Annual statistical returns and brief notes on vaccination in Bengal - 1909-1929
Year: 1909
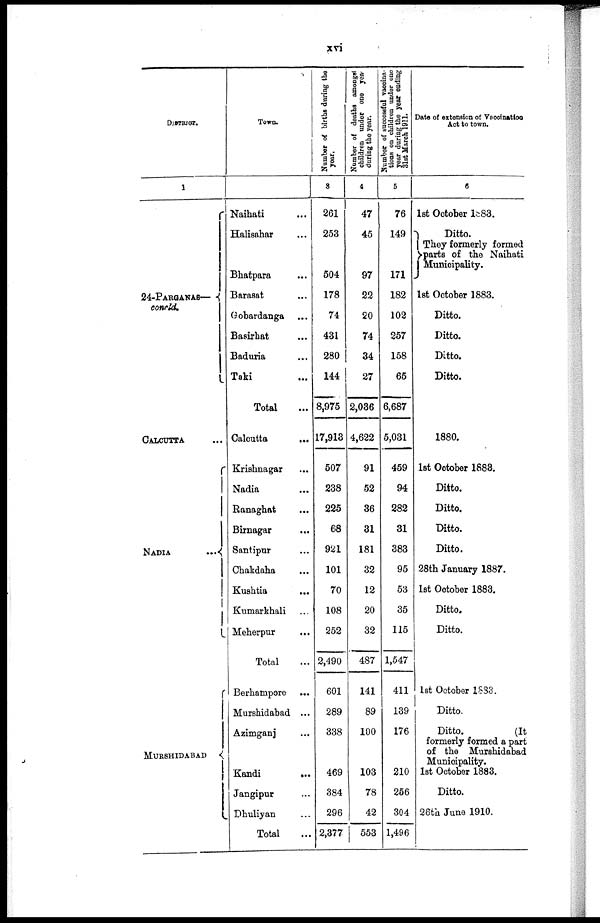
xvi
DISTRICT.
1
24-PARGANAS—
concld.
CALCUTTA...
NADIA...
...
MURSHIDABAD...
Town.
2
Naihati... ...
Halisahar... ...
Bhatpara... ...
Barasat... ...
Gobardanga... ...
Basirhat... ...
Baduria... ...
Taki... ...
Total... ...
Calcutta...
...
Krishnagar... ...
Nadia... ...
Banaghat... ...
Birnagar... ...
Santipur... ...
Chakdaha... ...
Kushtia... ...
Kumar khali... ...
Meherpur... ...
Total...
Berhampore... ...
Murshidabad... ...
Azimganj... ...
Kandi...
...
Jangipur... ...
Dhuliyan... ...
Total...
Number of births during the
year.
3
261
253
504
178
74
431
280
144
8,975
17,913
507
238
225
68
921
101
70
108
252
2,490
601
289
338
469
384
296
2,377
Number of deaths amongst
children under one year
during the year.
4
47
45
97
22
20
74
34
27
2,036
4,622
91
52
86
31
181
32
12
20
32
487
141
89
100
103
78
42
553
Number of successful vaccina-
tions on children under one
year during the year ending
31st March 1911.
5
76
149
171
182
102
257
158
65
6,687
5,031
459
94
282
31
383
95
53
35
115
1,547
411
139
176
210
256
304
1,496
Date of extension of Vaccination
Act to town.
6
1st October 1883.
Ditto.
They formerly formed
parts of the Naihati
Municipality.
1st October 1883.
Ditto.
Ditto.
Ditto.
Ditto.
1880.
1st October 1883.
Ditto.
Ditto.
Ditto.
Ditto.
28th January 1887.
1st October 1883.
Ditto.
Ditto.
1st October 1883.
Ditto.
Ditto.
(It
formerly formed a part
of the Murshidabad
Municipality.
1st October 1883.
Ditto.
26th June 1910.